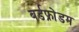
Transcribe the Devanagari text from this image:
बर्डफ्राेेडम